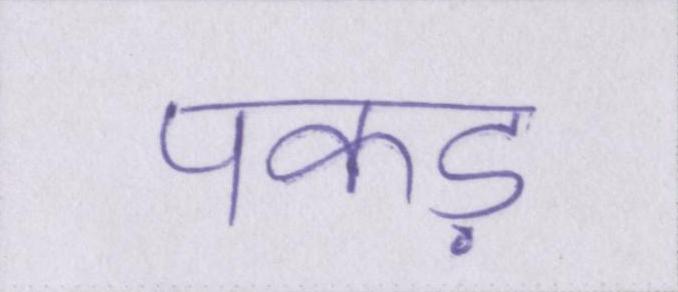
पकड़